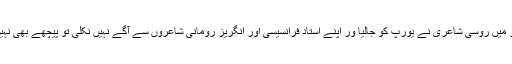
اس دور میں روسی شاعری نے یورپ کو جالیا ور اپنے استاد فرانسیسی اور انگریز رومانی شاعروں سے آگے نہیں نکلی تو پیچھے بھی نہیں رہی۔